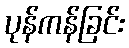
ပုန်ကန်ခြင်း